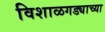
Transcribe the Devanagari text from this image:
विशाळगड्याच्या